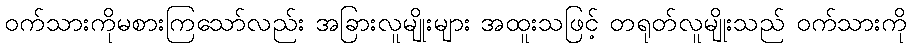
ဝက်သားကိုမစားကြသော်လည်း အခြားလူမျိုးများ အထူးသဖြင့် တရုတ်လူမျိုးသည် ဝက်သားကို